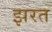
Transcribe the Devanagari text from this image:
झरत